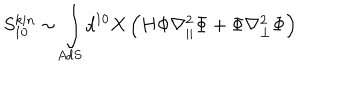
S _ { 1 0 } ^ { k i n } \sim \int _ { A d S } d ^ { 1 0 } X \left( H \Phi \nabla _ { | | } ^ { 2 } \Phi + \Phi \nabla _ { \perp } ^ { 2 } \Phi \right)